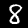
Label: 8